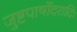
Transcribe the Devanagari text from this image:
जुष्टपार्षोदरादिः